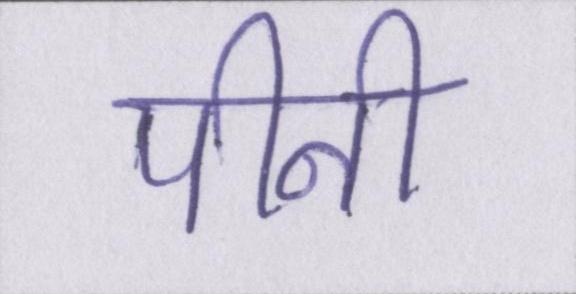
पीनी